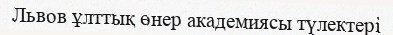
Львов ұлттық өнер академиясы түлектері